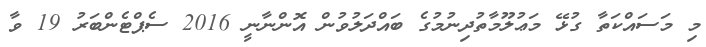
މި މަސައްކަތާ ގުޅޭ މަޢުލޫމާތުދިނުމުގެ ބައްދަލުވުން އޮންނާނީ 2016 ސެޕްޓެންބަރު 19 ވާ